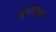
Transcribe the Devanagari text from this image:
म्यूरल्सच्या